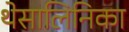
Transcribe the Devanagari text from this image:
थेसालिनिका